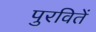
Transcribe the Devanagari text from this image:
पुरवितें